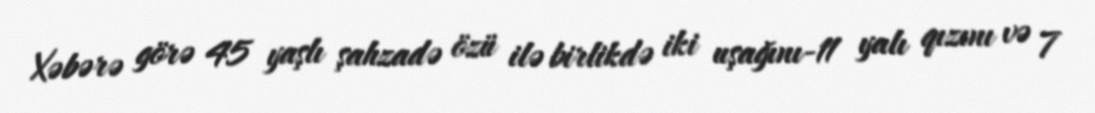
Xəbərə görə 45 yaşlı şahzadə özü ilə birlikdə iki uşağını-11 yalı qızını və 7